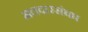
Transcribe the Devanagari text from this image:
मतदारसंघघ